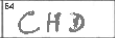
Transcription: CHD